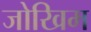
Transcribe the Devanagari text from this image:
जोखिम